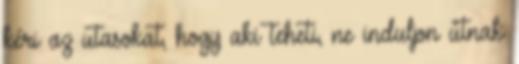
kéri az utasokat, hogy aki teheti, ne induljon útnak